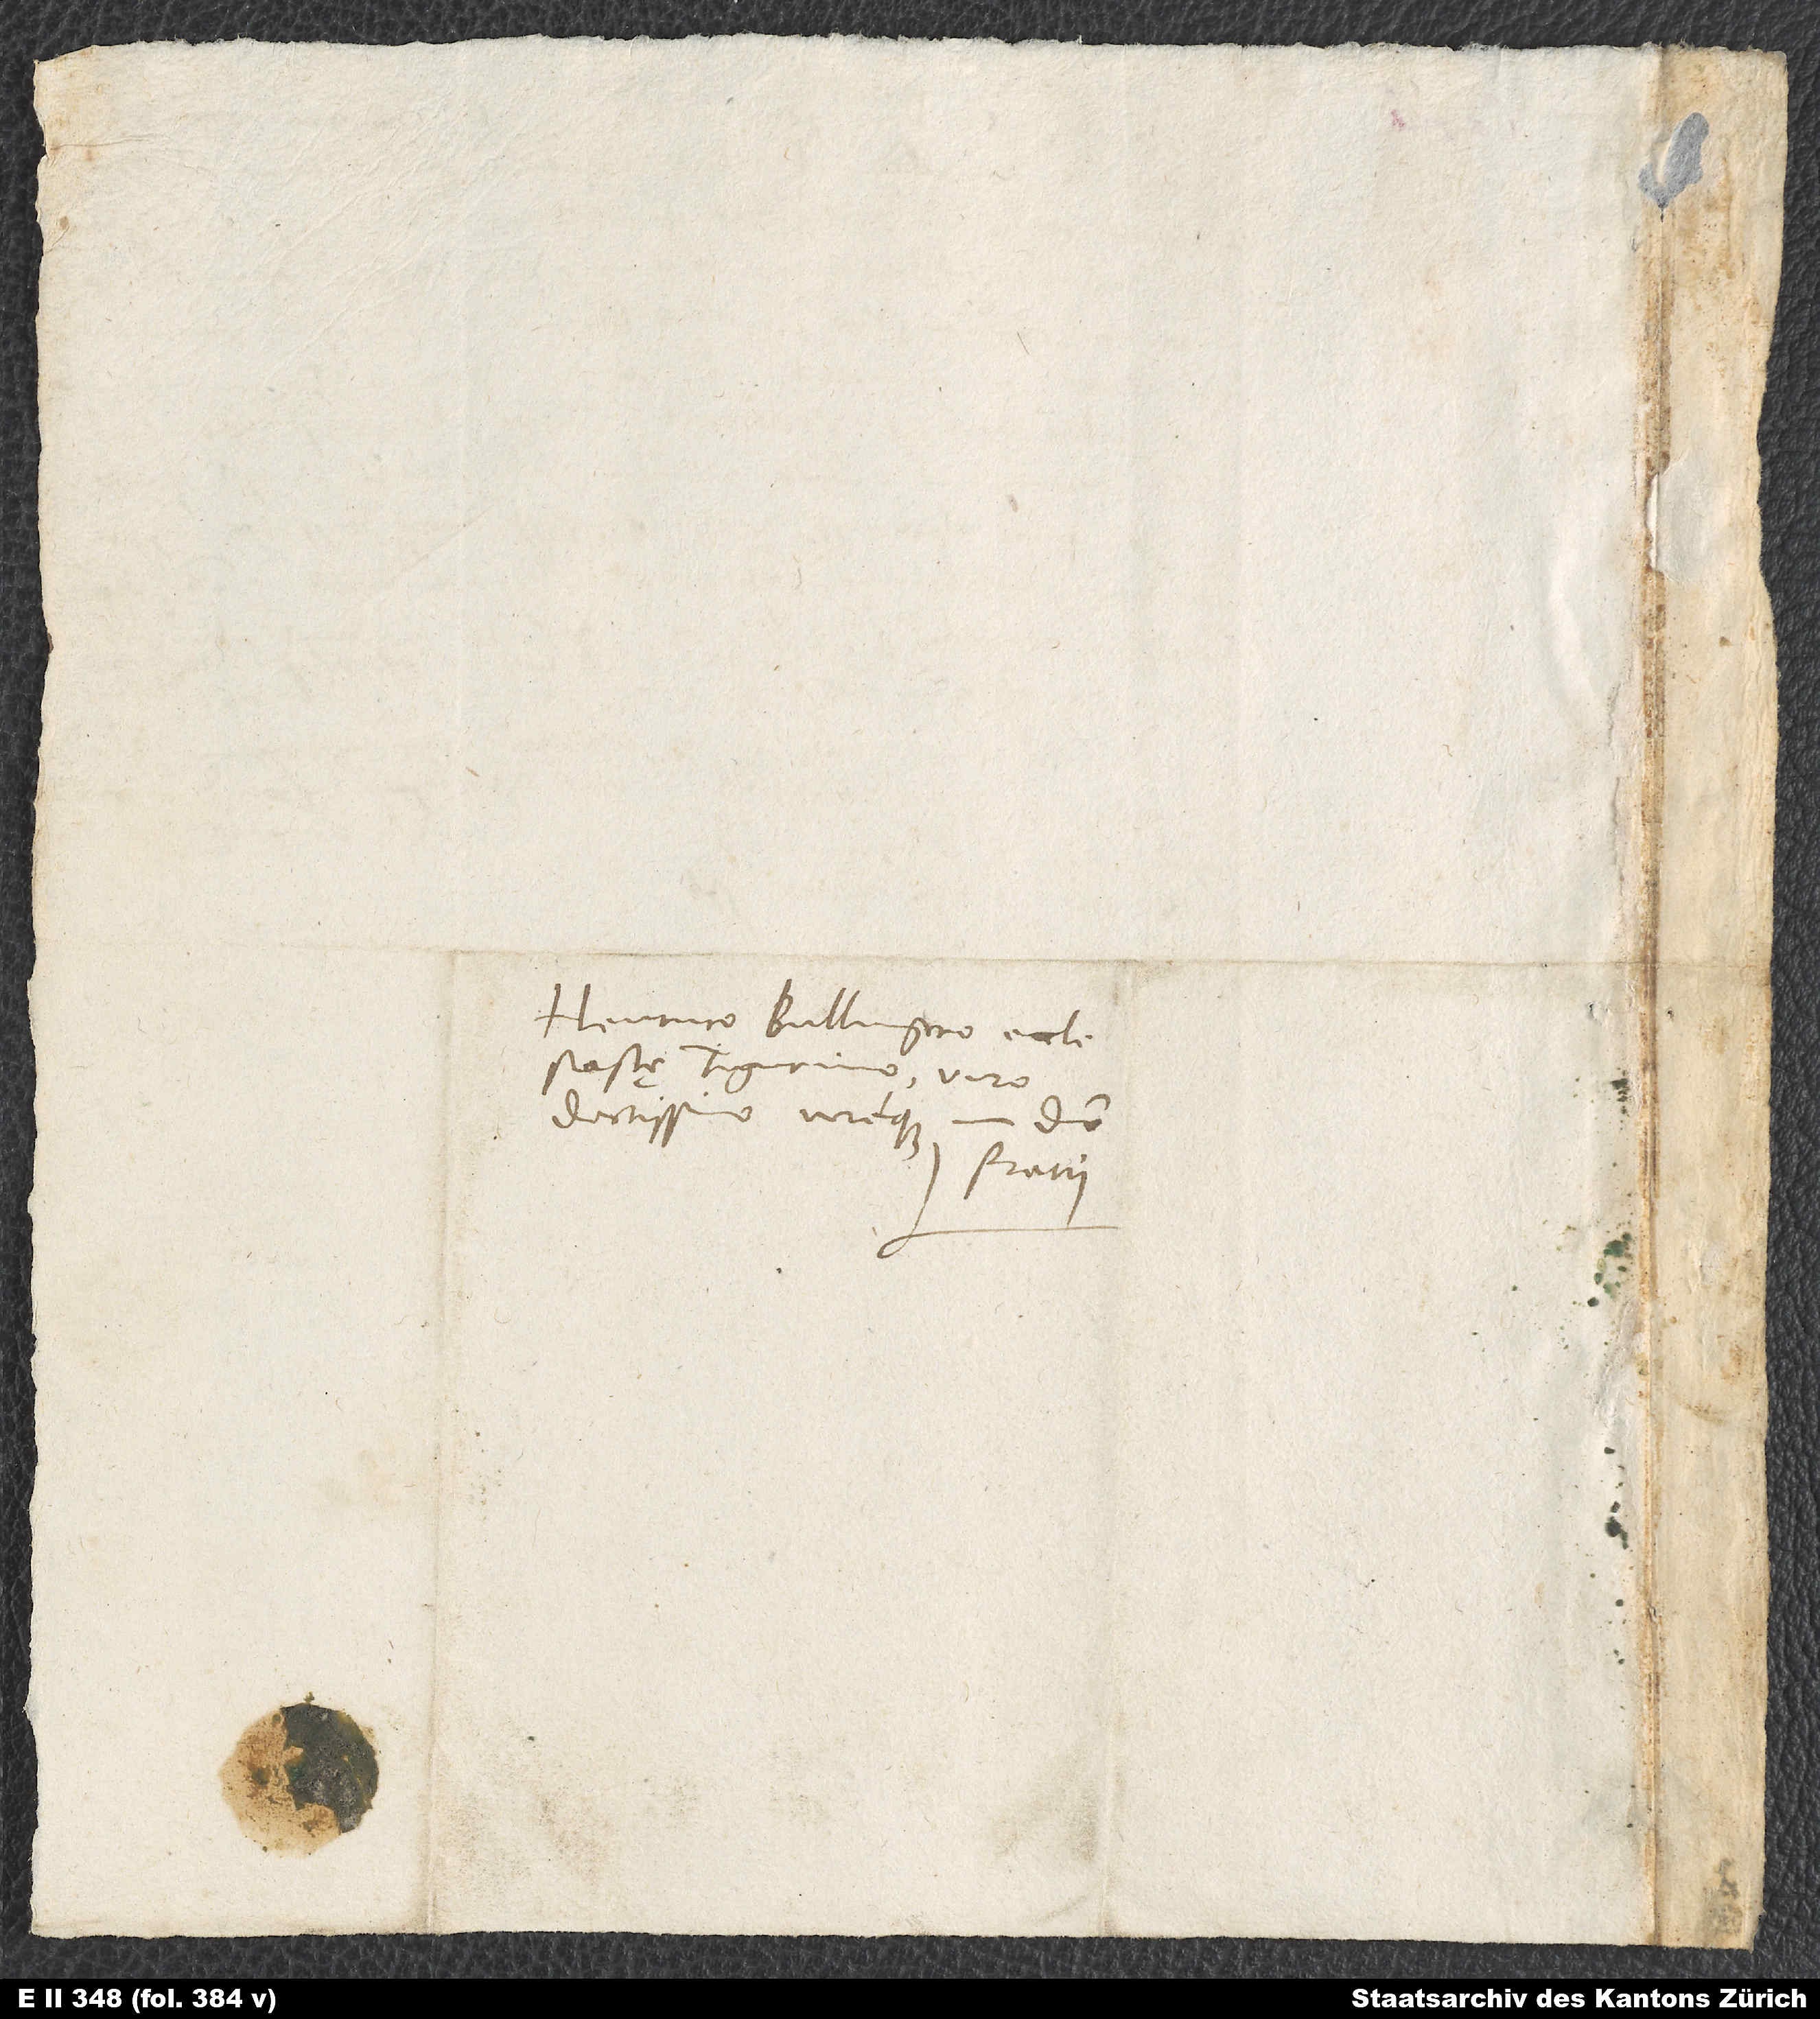
Henrico Bullingero, ecclesiastę
Tigurino, viro
doctissimo vereque
domino
fratri.